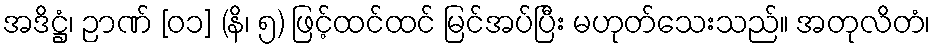
အဒိဋ္ဌံ၊ ဉာဏ် [၀၁] (နိ၊ ၅) ဖြင့်ထင်ထင် မြင်အပ်ပြီး မဟုတ်သေးသည်။ အတုလိတံ၊